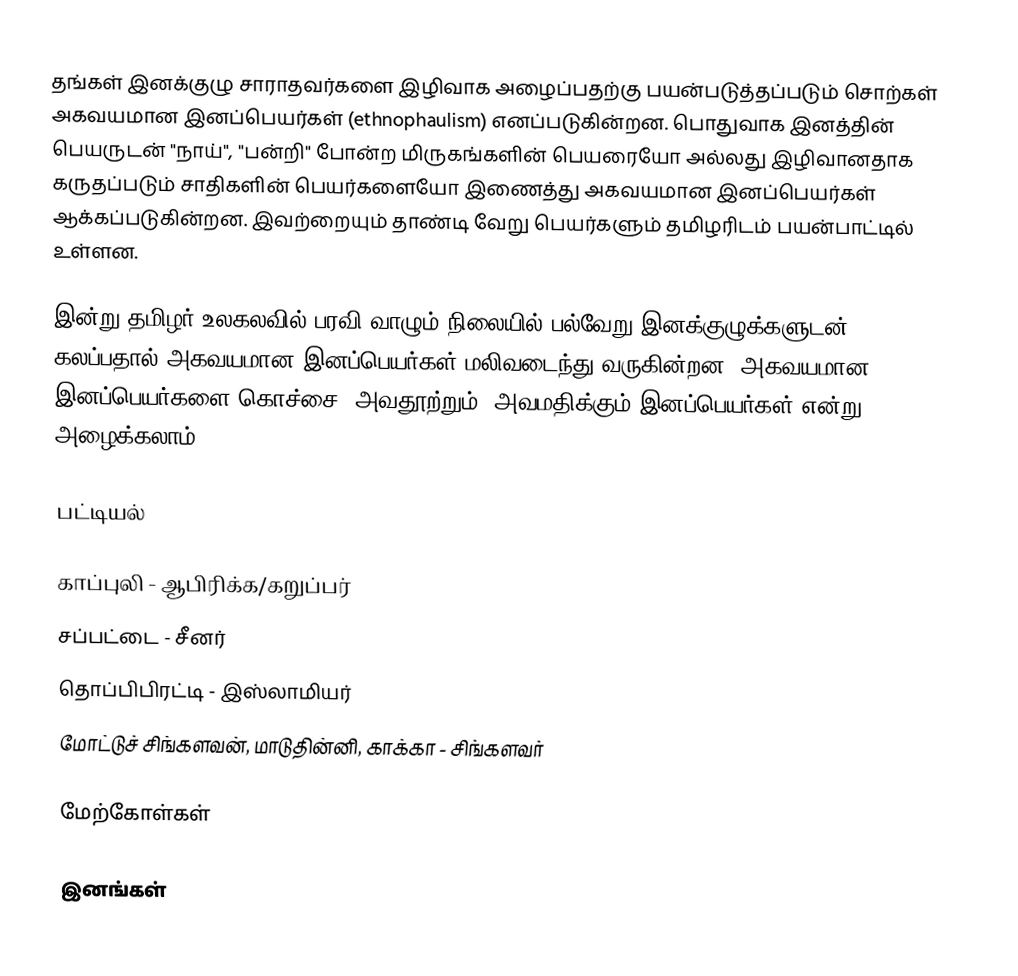
தங்கள் இனக்குழு சாராதவர்களை இழிவாக அழைப்பதற்கு பயன்படுத்தப்படும் சொற்கள் அகவயமான இனப்பெயர்கள் (ethnophaulism) எனப்படுகின்றன. பொதுவாக இனத்தின் பெயருடன் "நாய்", "பன்றி" போன்ற மிருகங்களின் பெயரையோ அல்லது இழிவானதாக கருதப்படும் சாதிகளின் பெயர்களையோ இணைத்து அகவயமான இனப்பெயர்கள் ஆக்கப்படுகின்றன. இவற்றையும் தாண்டி வேறு பெயர்களும் தமிழரிடம் பயன்பாட்டில் உள்ளன.

இன்று தமிழர் உலகலவில் பரவி வாழும் நிலையில் பல்வேறு இனக்குழுக்களுடன் கலப்பதால் அகவயமான இனப்பெயர்கள் மலிவடைந்து வருகின்றன. அகவயமான இனப்பெயர்களை கொச்சை, அவதூற்றும், அவமதிக்கும் இனப்பெயர்கள் என்று அழைக்கலாம்.

பட்டியல்

 காப்புலி - ஆபிரிக்க/கறுப்பர்
 சப்பட்டை - சீனர்
 தொப்பிபிரட்டி - இஸ்லாமியர்
 மோட்டுச் சிங்களவன், மாடுதின்னி, காக்கா - சிங்களவர்

மேற்கோள்கள்

இனங்கள்